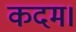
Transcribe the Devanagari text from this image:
कदम।